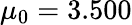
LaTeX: \mu_{0}=3.500